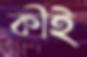
কীই